Medical and sanitary report of the native army of Bengal for the year
Year: 1876
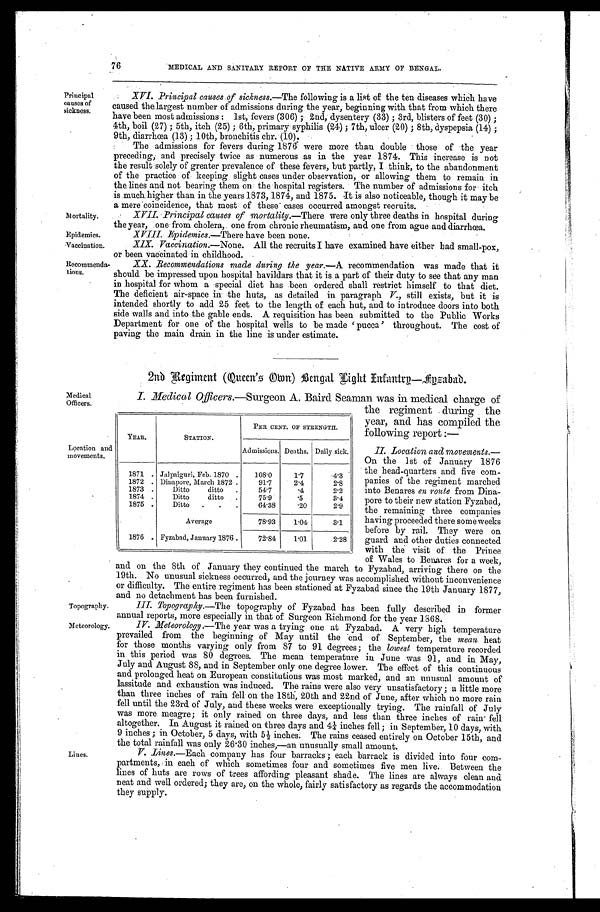
Principal
causes of
sickness.
Mortality.
Epidemics.
Vaccination.
Recommend
a-tions.
Medical
Officers.
Location and
movements.
the regiment during the
year, and has compiled the
following report :—
II. Location and movements.
— O n t h e 1 s t o f J a n u a r y 1 8 7 6
the head-quarters and five com-
panies of the regiment marched
into Benares en route from Dina-
pore to their new station Fyzabad,
the remaining three companies
having proceeded there some weeks
before by rail. They were on
guard and other duties connected
with the visit of the Prince
of Wales to Benares for a week.
76
MEDICAL AND SANITARY REPORT OF THE NATIVE ARMY OF BENGAL.
XVI. Principal causes of sickness. —The following is a list of the ten diseases which have
caused the largest number of admissions during the year, beginning with that from which there
have been most admissions : 1st, fevers (306) ; 2nd, dysentery (33) ; 3rd, blisters of feet (30) ;
4th, boil (27) ; 5th, itch (25) ; 6th, primary syphilis (24) ; 7th, ulcer (20) ; 8th, dyspepsia (14) ;
9th, diarrhœa (13) ; 10th, bronchitis chr. (10).
The admissions for fevers during 1876 were more than double those of the year
preceding, and precisely twice as numerous as in the year 1874. This increase is not
the result solely of greater prevalence of these fevers, but partly, I think, to the abandonment
of the practice of keeping slight cases under observation, or allowing them to remain in
the lines and not bearing them on the hospital registers. The number of admissions for itch
is much higher than in the years 1873, 1874, and 1875. It is also noticeable, though it may be
a mere coincidence, that most of these cases occurred amongst recruits.
XVII. Principal causes of mortality. —There were only three deaths in hospital during
the year, one from cholera, one from chronic rheumatism, and one from ague and diarrhœa.
XVIII. Epidemics.—There have been none.
XIX. Vaccination. —None. All the recruits I have examined have either had small-pox,
or been vaccinated in childhood.
XX. Recommendations made during the year.— A recommendation was made that it
should be impressed upon hospital havildars that it is a part of their duty to see that any man
in hospital for whom a special diet has been ordered shall restrict himself to that diet.
The deficient air-space in the huts, as detailed in paragraph V., still exists, but it is
intended shortly to add 25 feet to the length of each hut, and to introduce doors into both
side walls and into the gable ends. A requisition has been submitted to the Public Works
Department for one of the hospital wells to be made 'pucca' throughout. The cost of
paving the main drain in the line is under estimate.
2nd Regiment (Queen's Omn) Bengal Eight Infantry—Fyzabad.
I. Medical Officers.—Surgeon A. Baird Seaman was in medical charge of
YEAR.
STATION.
PER CENT. OF STRENGTH.
Admissions. Deaths. Daily sick.
1871 . Jalpaiguri, Feb. 1870 .
108.0
1.7
4.3
1872 . Dinapore, March 1872 .
91.7
2.4
2.8
1873 .
Ditto ditto
.
54.7
.4
2.2
1874 .
Ditto ditto
.
75.9
. 5
3.4
1875 .
Ditto
.
.
.
64.38
. 2 0
2.9
Average
78.93
1.04
3.1
1876 . Fyzabad, January 1876 .
72.84
1.01
2.28
Topography.
Meteorology.
Lines.
and on the 8th of January they continued the march to Fyzabad, arriving there on the
19th. No unusual sickness occurred, and the journey was accomplished without inconvenience
or difficulty. The entire regiment has been stationed at Fyzabad since the 19th January 1877,
and no detachment has been furnished.
III. Topography. —The topography of Fyzabad has been fully described in former
annual reports, more especially in that of Surgeon Richmond for the year 1868.
IV Meteorology.—The year was a trying one at Fyzabad. A very high temperature
prevailed from the beginning of May until the end of September, the mean heat
for those months varying only from 87 to 91 degrees ; the lowest temperature recorded
in this period was 80 degrees. The mean temperature in June was 91, and in May,
July and August 88, and in September only one degree lower. The effect of this continuous
and prolonged heat on European constitutions was most marked, and an unusual amount of
lassitude and exhaustion was induced. The rains were also very unsatisfactory; a little more
than three inches of rain fell on the 18th, 20th and 22nd of June, after which no more rain
fell until the 23rd of July, and these weeks were exceptionally trying. The rainfall of July
was more meagre; it only rained on three days, and less than three inches of rain fell
altogether. In August it rained on three days and 4¼ inches fell ; in September, 10 days, with
9 inches ; in October, 5 days, with 5½ inches. The rains ceased entirely on October 15th, and
the total rainfall was only 26.30 inches,—an unusually small amount.
V. Lines.—Each company has four barracks ; each barrack is divided into four com-
partments, in each of which sometimes four and sometimes five men live. Between the
lines of huts are rows of trees affording pleasant shade. The lines are always clean and
neat and well ordered; they are, on the whole, fairly satisfactory as regards the accommodation
they supply.